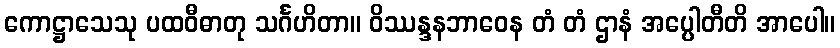
ကောဋ္ဌာသေသု ပထဝီဓာတု သင်္ဂဟိတာ။ ဝိဿန္ဒနဘာဝေန တံ တံ ဌာနံ အပ္ပေါတီတိ အာပေါ။